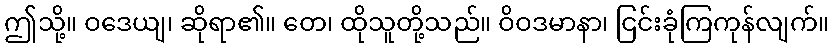
ဤသို့။ ဝဒေယျ၊ ဆိုရာ၏။ တေ၊ ထိုသူတို့သည်။ ဝိဝဒမာနာ၊ ငြင်းခုံကြကုန်လျက်။